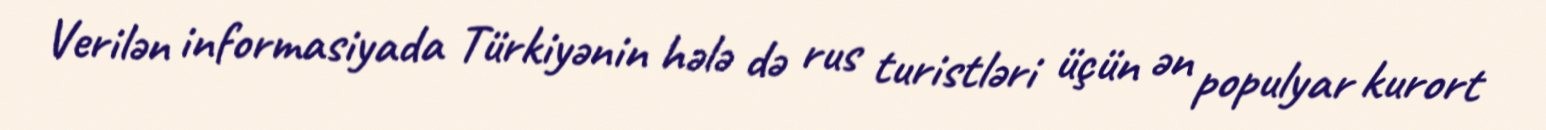
Verilən informasiyada Türkiyənin hələ də rus turistləri üçün ən populyar kurort